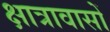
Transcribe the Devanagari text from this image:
क्षात्रावासों